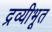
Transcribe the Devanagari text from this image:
द्रव्यीभूत